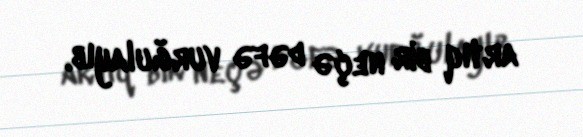
artıq bir neçə dəfə vurğulayıb.